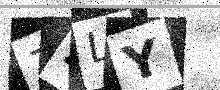
Text: 7ZLY